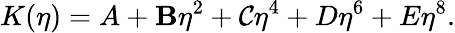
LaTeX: K(\eta)=A+\mathbf{B}\eta^{2}+\mathcal{C}\eta^{4}+D\eta^{6}+E\eta^{8}.